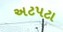
અટપટા